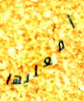
أفعليها